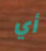
أي